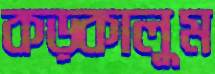
কড়্‌কালুম